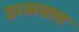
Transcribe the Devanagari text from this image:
डरअसल